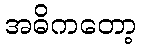
အဓိကတော့